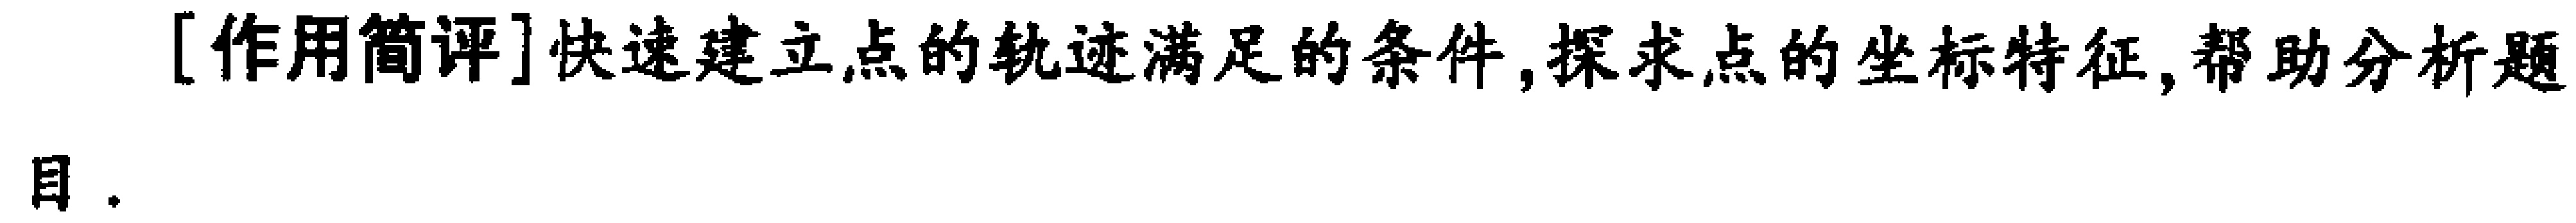
[作用简评]快速建立点的轨迹满足的条件,探求点的坐标特征,帮助分析题目.